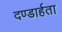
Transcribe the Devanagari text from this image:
दण्डार्हता